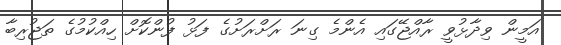
އަމީން ވިދާޅުވީ ރާއްޖޭގައި އެންމެ ގިނަ ރަށްރަށުގެ ފަޅު ފުންކޮށް ހިއްކުމުގެ ތަޖުރިބާ